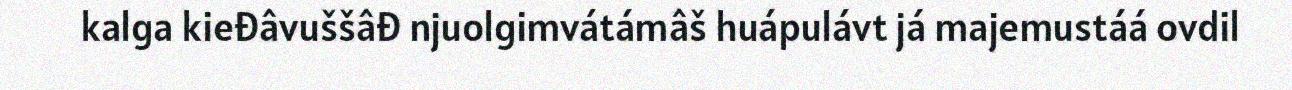
kalga kieđâvuššâđ njuolgimvátámâš huápulávt já majemustáá ovdil